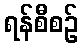
ရန်စီစဉ်